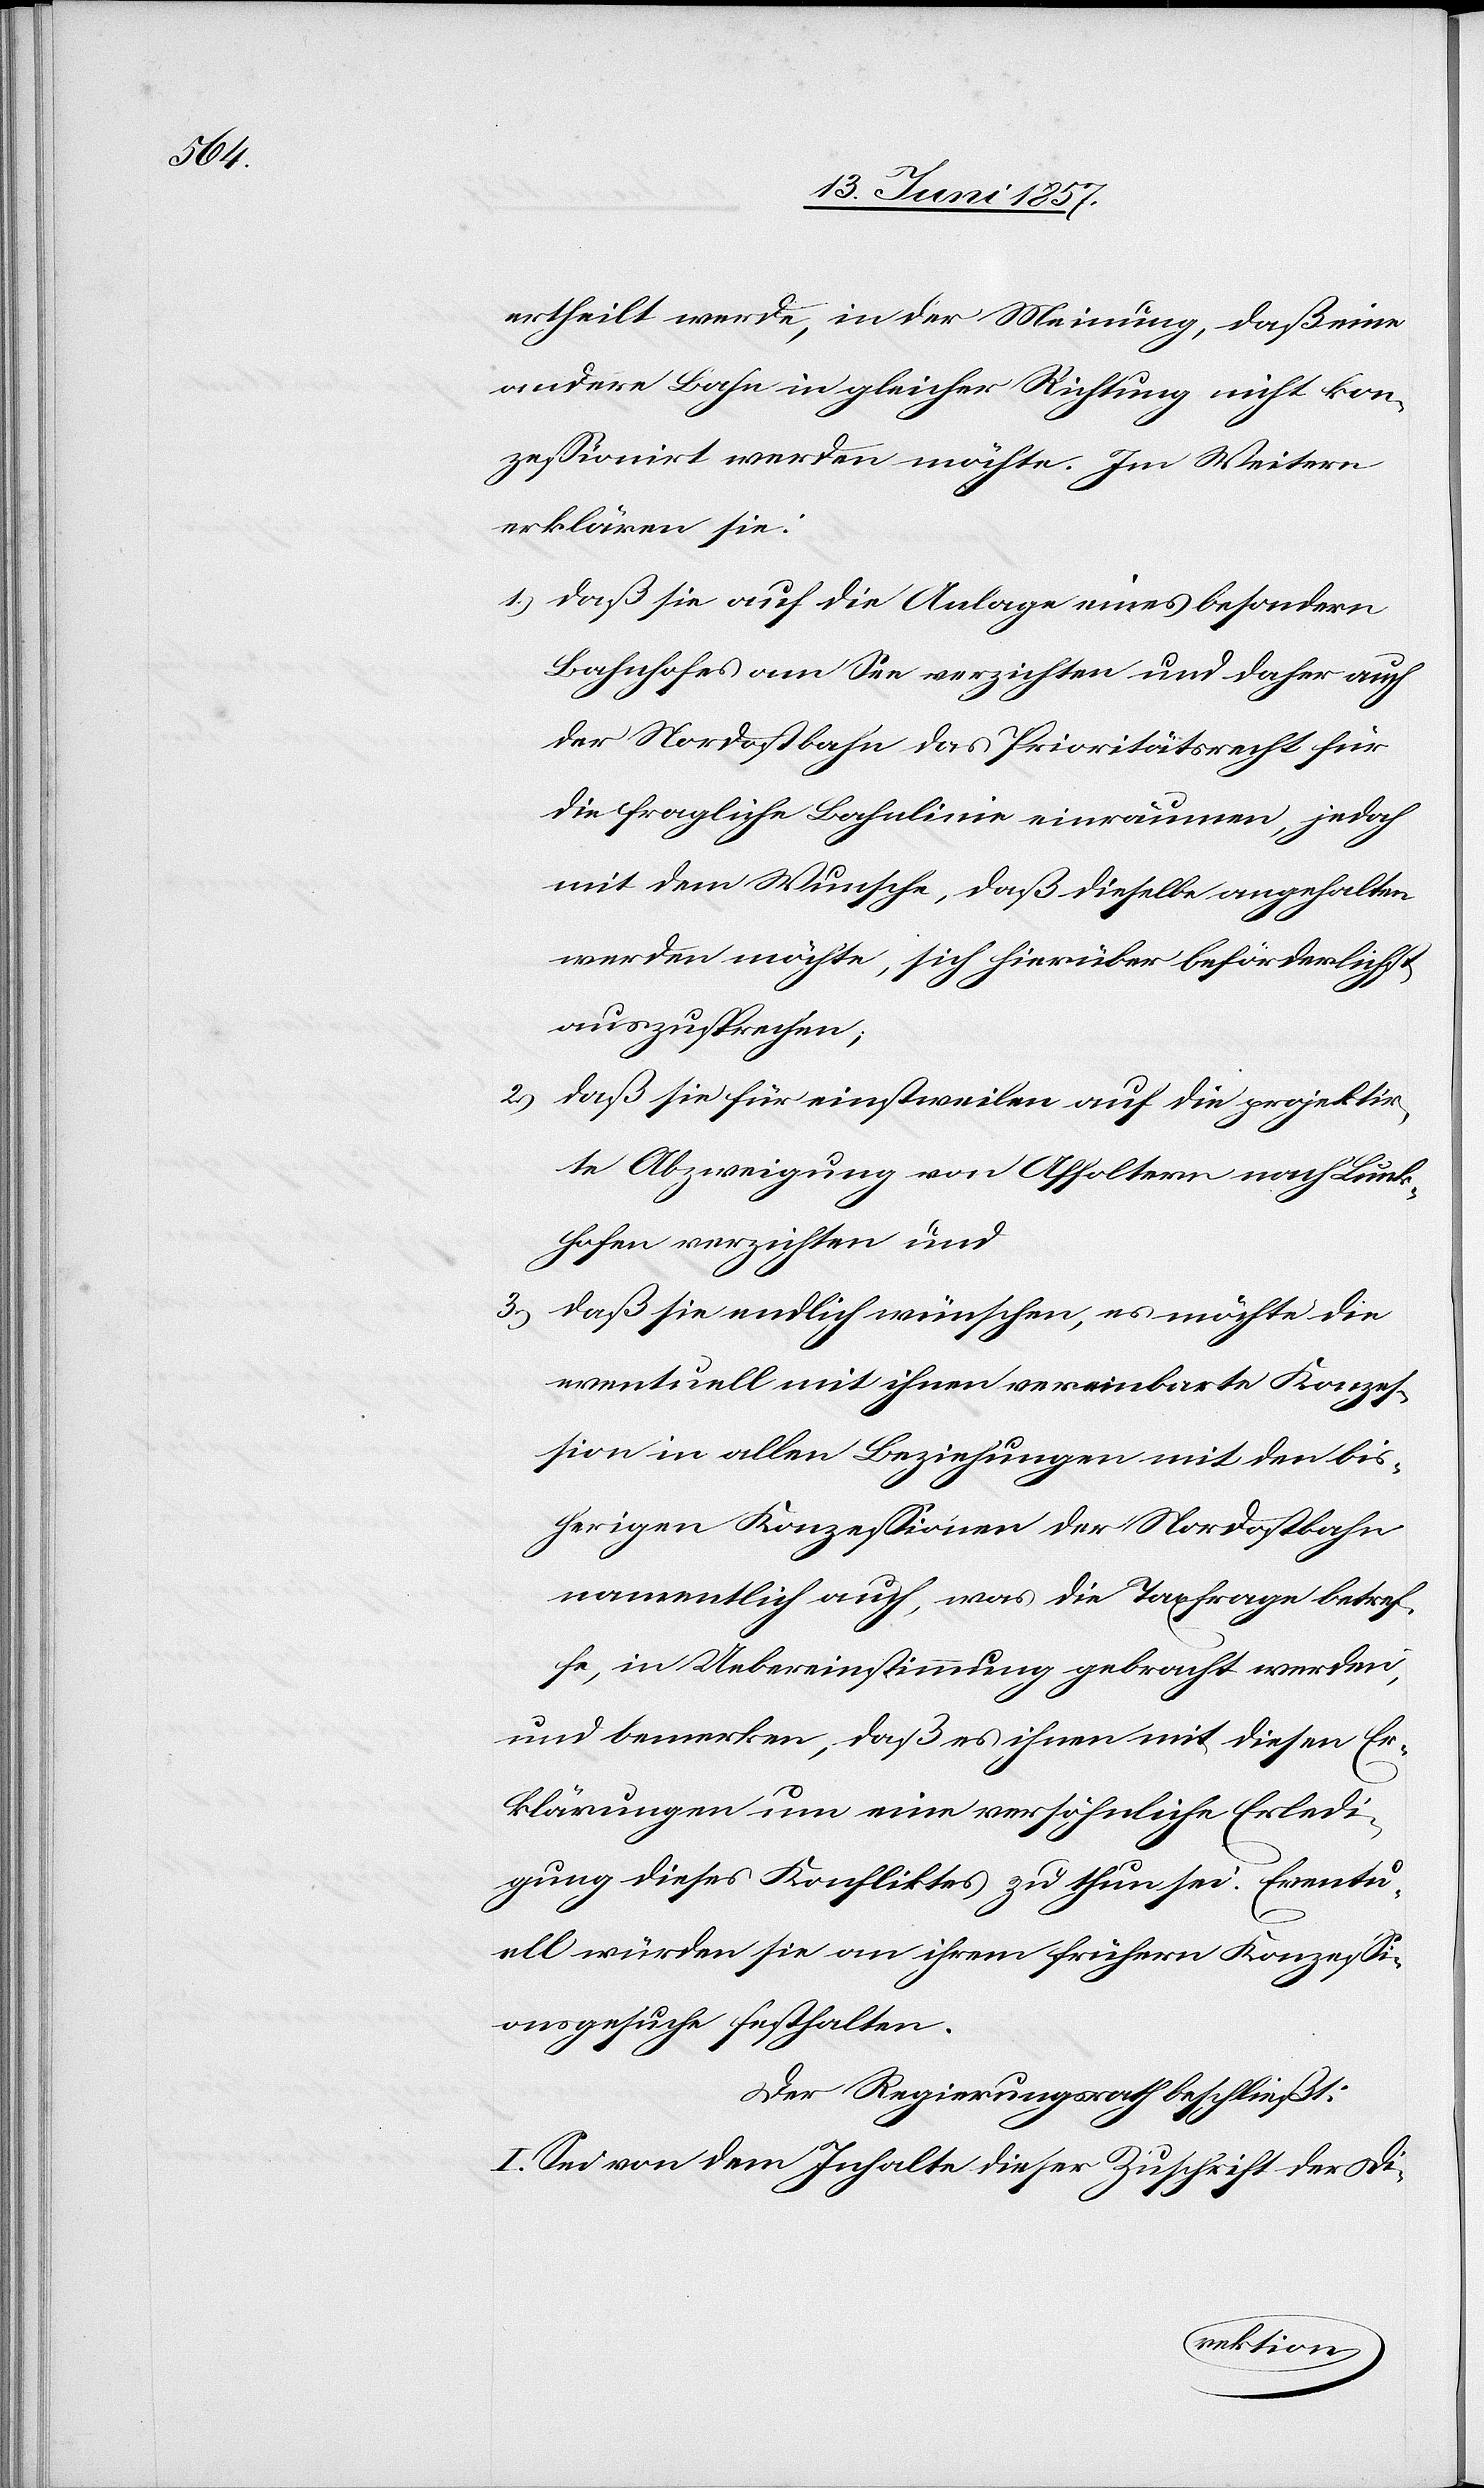
ertheilt werde, in der Meinung, daß eine
andere Bahn in gleicher Richtung nicht kon¬
zessionirt werden möchte. Im Weitern
erklären sie:
1.) daß sie auf die Anlage eines besondern
Bahnhofes am See verzichten und daher auch
der Nordostbahn das Prioritätsrecht für
die fragliche Bahnlinie einräumen, jedoch
mit dem Wunsche, daß dieselbe angehalten
werden möchte, sich hierüber beförderlichst
auszusprechen;
2.)
daß sie für einstweilen auf die projektir¬
te Abzweigung von Affoltern nach Lunk¬
hofen verzichten und
3.) daß sie endlich wünschen, es möchte die
eventuell mit ihnen vereinbarte Konzes¬
sion in allen Beziehungen mit den bis¬
herigen Konzessionen der Nordostbahn
namentlich auch, was die Taxfrage betref¬
fe, in Uebereinstimmung gebracht werden,
und bemerken, daß es ihnen mit diesen Er¬
klärungen um eine versöhnliche Erledi¬
gung dieses Konfliktes zu thun sei. Eventu¬
ell würden sie an ihrem frühern Konzessi¬
onsgesuche festhalten.
Der Regierungsrath beschließt:
I. Sei von dem Inhalte dieser Zuschrift der Di-